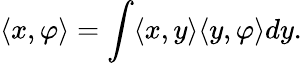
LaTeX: \langle x,\varphi\rangle=\int\langle x,y\rangle\langle y,\varphi\rangle dy.